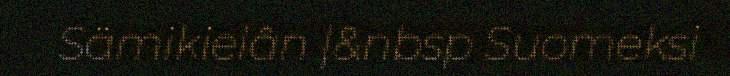
Sämikielân |&nbsp Suomeksi